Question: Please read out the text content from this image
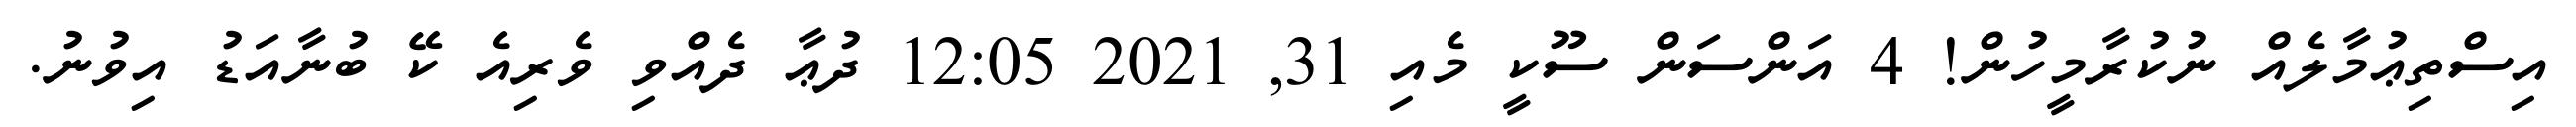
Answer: އިސްތިޢުމާލެއް ނުކުރާމީހުން! 4 އަންސަން ސޫކީ މެއި 31, 2021 12:05 ދުޢާ ދެއްވި ވެރިއެ ކޭ ބުނާއަޑު އިވުނު.